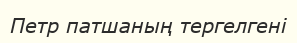
Петр патшаның тергелгені